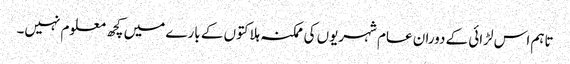
تاہم اس لڑائی کے دوران عام شہریوں کی ممکنہ ہلاکتوں کے بارے میں کچھ معلوم نہیں۔